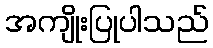
အကျိုးပြုပါသည်